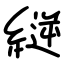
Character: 縌